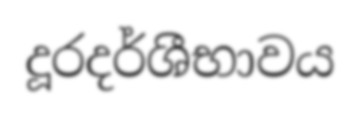
දූරදර්ශීභාවය